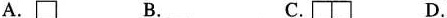
A. B. C. D.